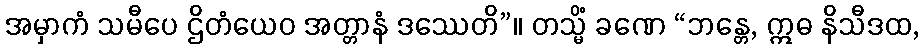
အမှာကံ သမီပေ ဌိတံယေဝ အတ္တာနံ ဒဿေတိ”။ တသ္မိံ ခဏေ “ဘန္တေ, ဣဓ နိသီဒထ,